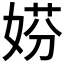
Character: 𡝱